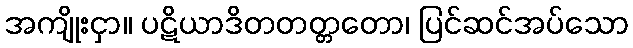
အကျိုးငှာ။ ပဋိယာဒိတတတ္တတော၊ ပြင်ဆင်အပ်သော